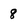
Character: 8